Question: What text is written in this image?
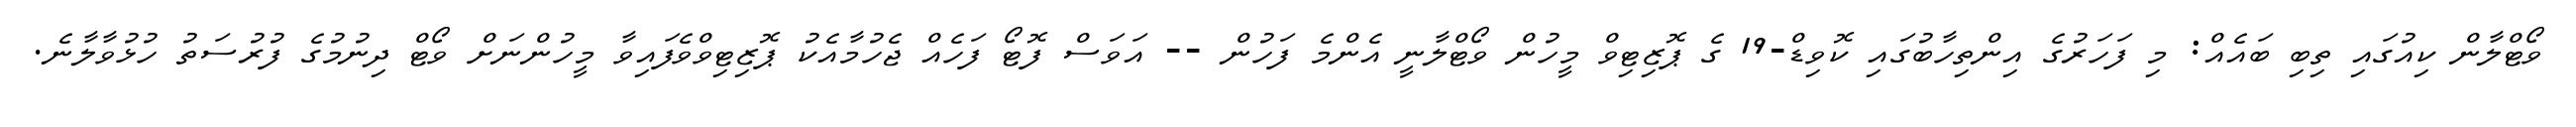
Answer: ވޯޓްލާން ކިއުގައި ތިބި ބައެއް: މި ފަހަރުގެ އިންތިހާބުގައި ކޮވިޑް-19 ގެ ޕޮޒިޓިވް މީހުން ވޯޓްލާނީ އެންމެ ފަހުން -- އަވަސް ފޮޓޯ ފަހެއް ޖެހުމާއެކު ޕޮޒިޓިވްވެފައިވާ މީހުންނަށް ވޯޓް ދިނުމުގެ ފުރުސަތު ހުޅުވާލާނެ.